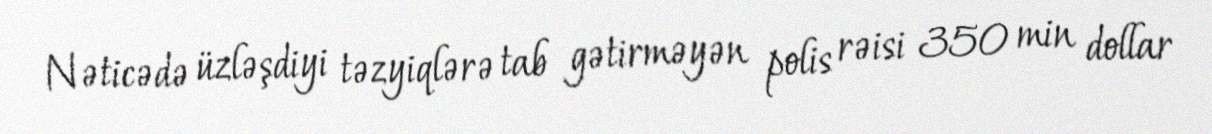
Nəticədə üzləşdiyi təzyiqlərə tab gətirməyən polis rəisi 350 min dollar